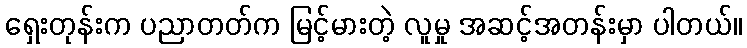
ရှေးတုန်းက ပညာတတ်က မြင့်မားတဲ့ လူမှု အဆင့်အတန်းမှာ ပါတယ်။